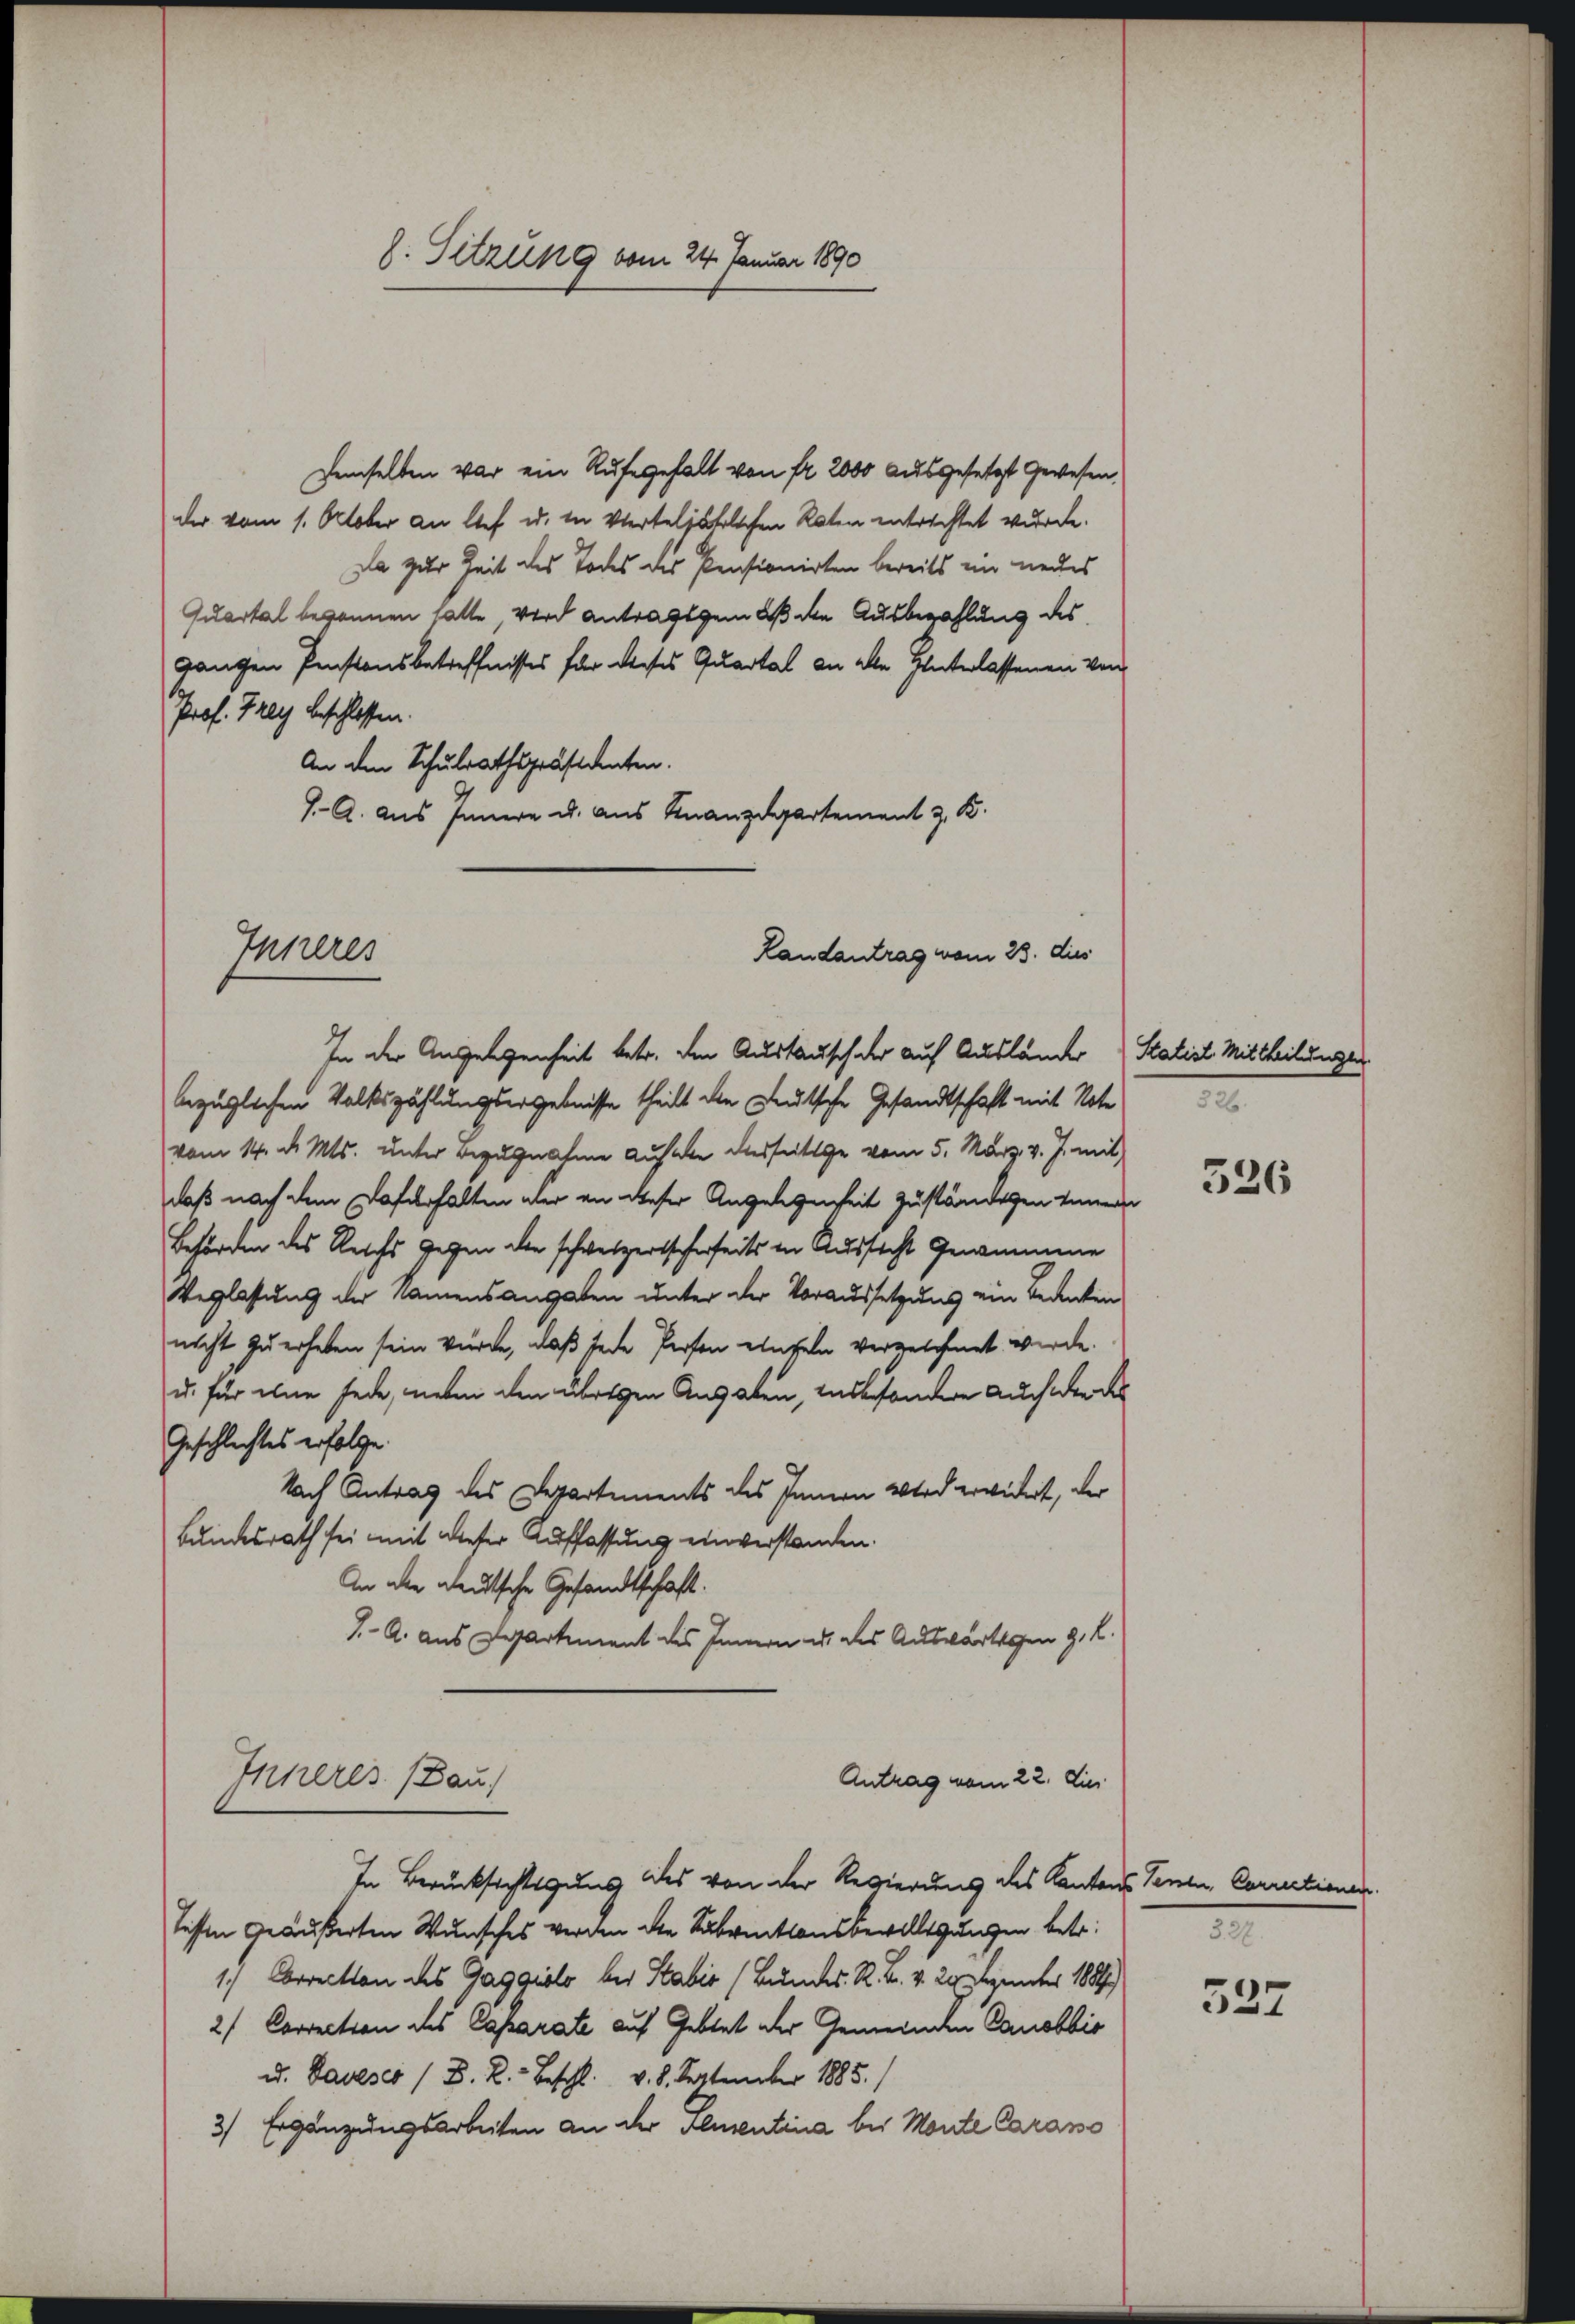
8. Sitzung vom 24. Januar 1890

Demselben war ein Rufe gehalt von fr. 2000 ausgesetzt gewesen,
der vom 1. October an lief u. in vierteljährlichen Raten entrichtet wurde.
Da zur Zeit des Todes des Pensionirten bereits in neues
Quartal begonnen hatte, wird antragsgemäß den Ausbezahlung des
gangen Penstonsbetreffnisses für dieses Quartal an alle Hinterlassenen von
Prof. Frey beschlossen:
An den Schulrathspräsidenten.
J. A. aus Innern u. aus Finanzdepartement z. K.

Inneres
Landantrag vom 23. dies

bezüglichen Volkszählungsergebnisse theilt den Deutsche Gesandtschaft mit Note
vom 14. d. Mts. unter Bezugnahme Aufare desseitige vom 5. März v. J. mit
daß nach dem Dafürhalten der an dieser Angelegenheit zuständigen einen
Behörden des Reichs gegen den schweizertscherheits in Aussicht Gewinnene
Verlassung der Namensangaben unter der Voraussetzung ein Bedenten
nicht zu erheben sein würde, daß jede Person einzeln verzeichnet werde.
u. für eine jede, neben den übrigen Angaben, insbesondere Auch aber der
Geschlechtes erfolge.
Nach Antrag des Departements des Innern wird erwidert, der
Bundesrath sei mit dieser Auffassung einverstanden.
An die deutsche Gesandtschaft.
J. A. aus Departement des Innern u. des Auswärtigen z. K.
Inheres (Bau.
Antrag vom 22. Dies
In Berücksichtigung des von der Regierung des Kantons Venen, Correctionen
tessen geäußerten Wunsches werden die Subventionsbewilligungen betr.
1.) Correction des Gaggiolo bei Stabis (Bundes R. 4. v. 24 unter 1889.)
2) Correction des Caparate auf Gebtet der Gemeinden Canobbio
u. Daveses / D. R. Beschl. v. 8. September 1885.)
3/ Ergänzungsarbeiten an der Pluventina bei Monte Caramo

In der Angelegenheit betr. den Austausch der auf Ausländer Statist Mittheilungen

526.

326

322.
527